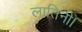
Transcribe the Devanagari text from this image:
लातिनी।